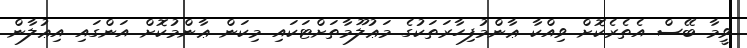
ވީމާ ބޭސް އެތެރެކޮށް ވިއްކާ ޢާންމުފިހާރަތަކުގެ މަޢުލޫމާތަށްޓަކައި މިކަން ޢާންމުކޮށް އަންގައި އިޢުލާން